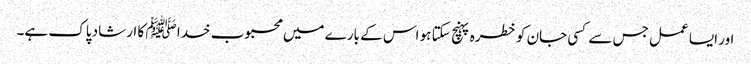
اور ایسا عمل جس سے کسی جان کو خطرہ پہنچ سکتا ہو اس کے بارے میں محبوب خدا ﷺ کا ارشاد پاک ہے۔